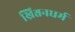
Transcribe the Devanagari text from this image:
ख्रिश्चनधर्म